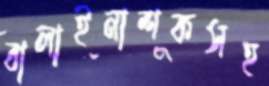
বালাইনাশকসহ